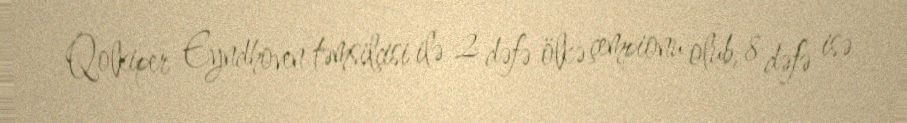
Qolkiper Eyndhoven təmsilçisi ilə 2 dəfə ölkə çempionu olub, 8 dəfə isə